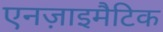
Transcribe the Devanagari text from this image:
एनज़ाइमैटिक